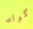
كولد